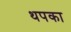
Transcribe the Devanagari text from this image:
थपका